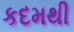
કદમથી